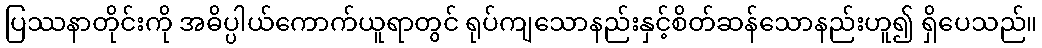
ပြဿနာတိုင်းကို အဓိပ္ပါယ်ကောက်ယူရာတွင် ရုပ်ကျသောနည်းနှင့်စိတ်ဆန်သောနည်းဟူ၍ ရှိပေသည်။